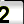
Digit: 2